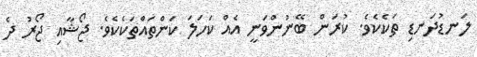
ލަނޑުދަނޑި ތަކެކެވެ. ކުރަން ބޭނުންވަނީ އެއް ކަހަލަ ކަންތައްތަކެކެވެ. ޖޯޝާއި ޖޯރު ދެ